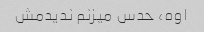
اوه، حدس میزنم ندیدمش